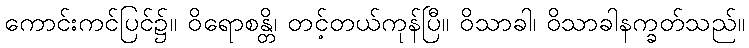
ကောင်းကင်ပြင်၌။ ဝိရောစန္တိ၊ တင့်တယ်ကုန်ပြီ။ ဝိသာခါ၊ ဝိသာခါနက္ခတ်သည်။